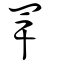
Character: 䍐